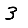
Digit: 3